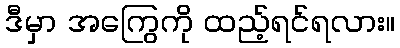
ဒီမှာ အကြွေကို ထည့်ရင်ရလား။